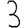
Digit: 3